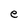
Character: e